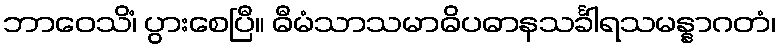
ဘာဝေသိံ၊ ပွားစေပြီ။ ဓီမံသာသမာဓိပဓာနသင်္ခါရသမန္နာဂတံ၊